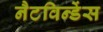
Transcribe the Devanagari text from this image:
नैटविन्डेंस